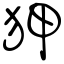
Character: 狎